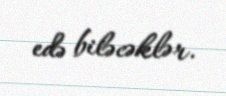
edə biləcəklər.